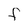
Character: f